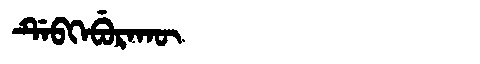
Manchu: ᡩᡝᠪᡴᡝᠪᡠᡵᠠᡴᡡ
Romanization: DEBKEBURAKŪ